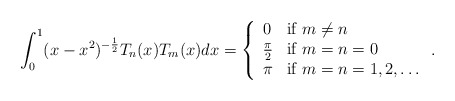
\begin{align*}\int_{0}^{1}(x-x^{2})^{-\frac{1}{2}}T_{n}(x)T_{m}(x)dx=\left\{\begin{array}{ll} 0& \mbox{if } m\neq n \\\frac{\pi}{2} & \mbox{if } m=n=0\\\pi & \mbox{if } m=n=1,2,\dots\end{array}\right..\end{align*}